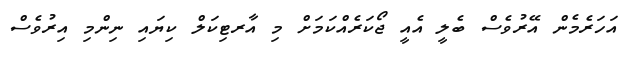
އަހަރެމެން އޭރުވެސް ބެލީ އެއީ ޖޯކަރެއްކަމަށް މި އާރޓިކަލް ކިޔައި ނިންމި އިރުވެސް